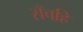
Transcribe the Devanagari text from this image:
सँचहि